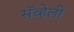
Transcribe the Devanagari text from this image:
सॅव्हेली